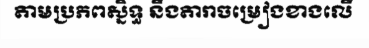
តាមប្រភពស្និទ្ធ នឹងតារាចម្រៀងខាងលើ